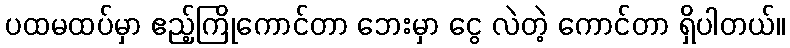
ပထမထပ်မှာ ဧည့်ကြိုကောင်တာ ဘေးမှာ ငွေ လဲတဲ့ ကောင်တာ ရှိပါတယ်။